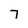
Character: 7